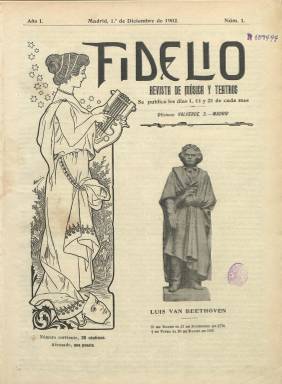
Título: Fidelio (Madrid)
Colección: Música || Cultura
Ámbito geográfico: Madrid
Lugar de publicación: Madrid
Fechas: 01/12/1902-31/12/1903

“Revista de música y teatros” es el subtítulo de esta publicación cuyo título debe hacer honor a la ópera homónima de Ludwing van Beethoven. Comienza a publicarse en Madrid a partir del uno de diciembre de 1902, “con interés más práctico y vivo que puramente teórico”, tal como señala Torres Mulas (1991). Al principio su frecuencia fue decenal (salía los días uno, 11 y 21 de cada mes), con entregas de ocho páginas, para después ir aumentándolas, y a partir de julio de 1903 (número 22) se hizo mensual, siendo la entrega número 27, de diciembre de este año, la última de la colección de la Biblioteca Nacional de España.

Su cabecera y cubierta van ilustradas y las páginas dedicadas a textos y a sus abundantes dibujos y fotograbados se reducen a cuatro o a ocho, pues las restantes, hasta dieciséis páginas, son partituras de música “escogida, fácil y agradable”, para piano, para piano y canto, o para bandas: clásica, mazurkas, polkas, valses o villancicos, pero también sevillanas, jotas, serenatas,  etc., algunas de ellas premiadas en los propios concursos que organiza la revista.

Publica biografías de personajes célebres relacionados directamente con la música, pero también el teatro, el arte y la literatura, empezando por la de Beethoven. Ofrece crónicas y noticias de estrenos teatrales o sobre los conservatorios, como es el caso del Teatro Real y el Conservatorio de Música y Declamación, de Madrid, o sobre sociedades artísticas de provincias, cuestiones técnicas, música religiosa o cantos y bailes regionales.

Las últimas páginas llevan inserciones publicitarias, relativas también al mundo de la música, principalmente. También difundirá un folletín. Fue estampada en la Imprenta de Rojas, y entre las firmas de sus textos aparecen los nombres de Felipe Pedrell, Ruperto Chapí, Emilio Castelar, A. Delgado Castilla, Rogelio Villar, o Clarón, Leomar o Nemo.